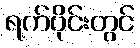
ရက်ပိုင်းတွင်